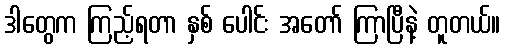
ဒါတွေက ကြည့်ရတာ နှစ် ပေါင်း အတော် ကြာပြီနဲ့ တူတယ်။